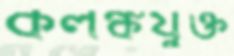
কলঙ্কযুক্ত